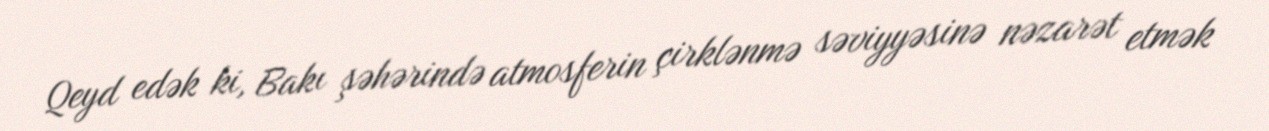
Qeyd edək ki, Bakı şəhərində atmosferin çirklənmə səviyyəsinə nəzarət etmək